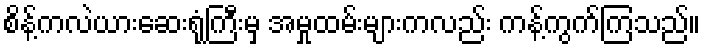
စိန့်ကလဲယားဆေးရုံကြီးမှ အမှုထမ်းများကလည်း ကန့်ကွက်ကြသည်။